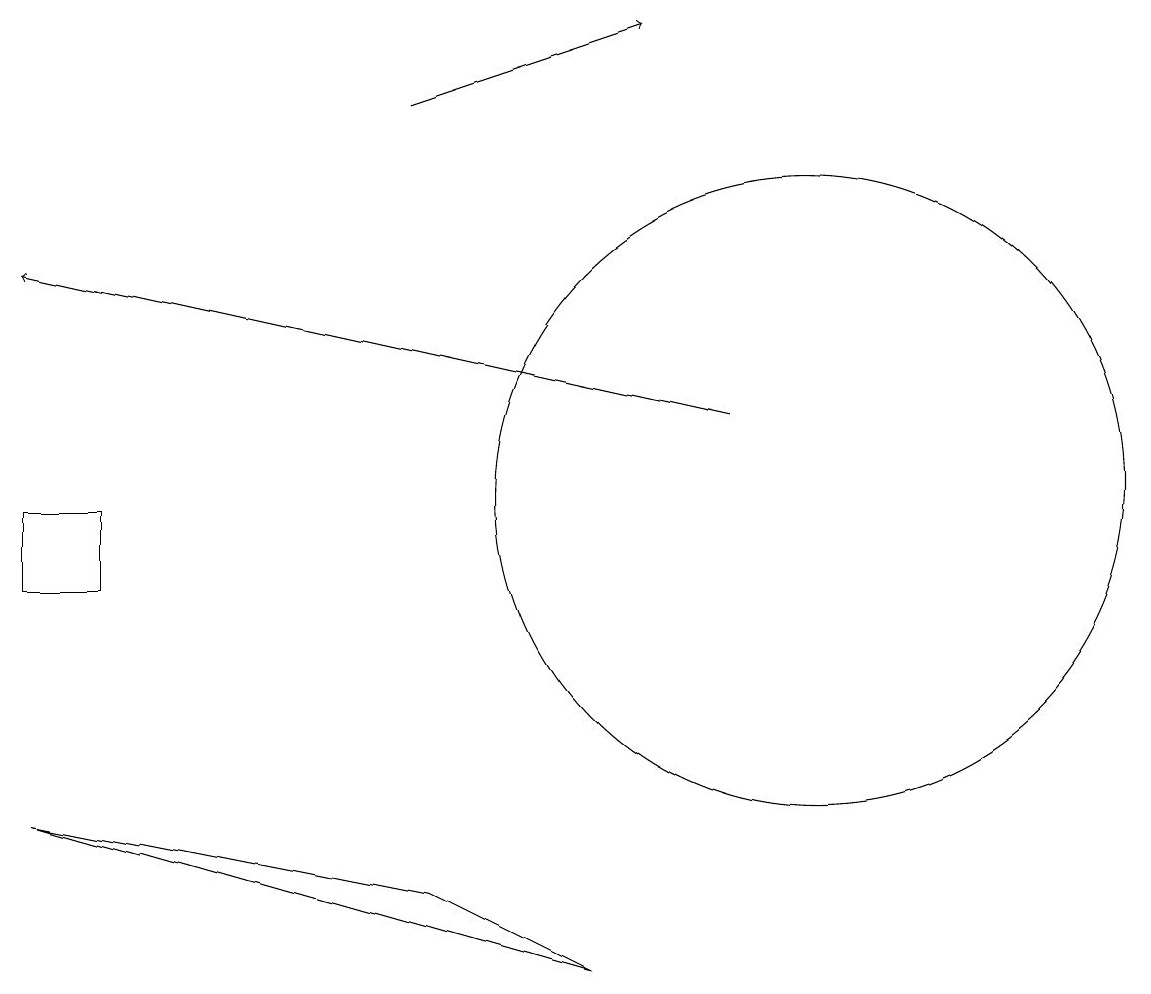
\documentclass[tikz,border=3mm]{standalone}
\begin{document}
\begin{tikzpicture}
\draw[->] (5,16) -- (8,17);
\draw (7,5) -- (0,7) -- (5,6) -- cycle;
\draw[->] (9,12) -- (0,14);
\draw (1,11) rectangle (0,10);
\draw (10,11) circle (4);
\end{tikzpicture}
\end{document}